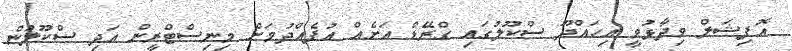
އޮފިޝަލް ވިދާޅުވީ އިހައްދޫ ސްކޫލުގައި ގްރޭޑް އަށެއް އުފެއްދުމަށް މިނިސްޓްރީން އަދި ސްކޫލުން